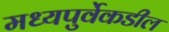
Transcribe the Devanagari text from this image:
मध्यपुर्वेकडील